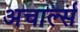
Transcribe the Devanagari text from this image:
अचार्ल्स